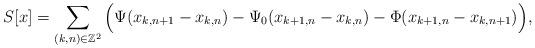
LaTeX: \begin{align*} S[x]=\sum_{(k,n)\in \mathbb Z^2} \Big(\Psi(x_{k,n+1}-x_{k,n})-\Psi_0(x_{k+1,n}-x_{k,n})-\Phi(x_{k+1,n}-x_{k,n+1})\Big),\end{align*}